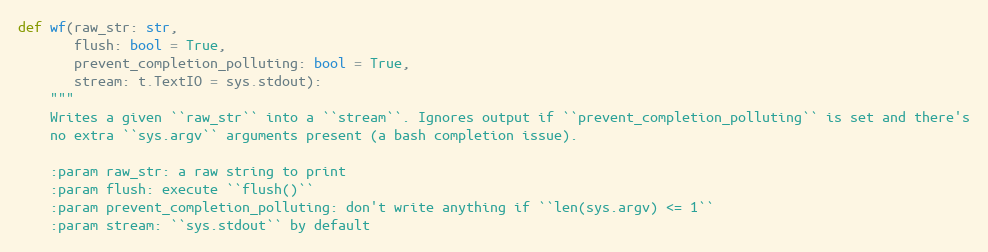
Language: Python
def wf(raw_str: str,
       flush: bool = True,
       prevent_completion_polluting: bool = True,
       stream: t.TextIO = sys.stdout):
    """
    Writes a given ``raw_str`` into a ``stream``. Ignores output if ``prevent_completion_polluting`` is set and there's
    no extra ``sys.argv`` arguments present (a bash completion issue).

    :param raw_str: a raw string to print
    :param flush: execute ``flush()``
    :param prevent_completion_polluting: don't write anything if ``len(sys.argv) <= 1``
    :param stream: ``sys.stdout`` by default